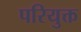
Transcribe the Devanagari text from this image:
परियुक्त